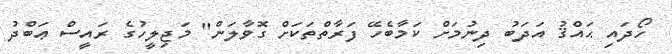
ހޯދައި ޙައްޤު އަދަބު ދިނުމަށް ކަމާބެހޭ ފަރާތްތަކަށް ގޮވާލަން" މަޖިލީހުގެ ރައީސް ޢަބްދު